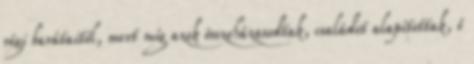
régi barátaitól, mert míg azok összeházasodtak, családot alapítottak, ő